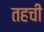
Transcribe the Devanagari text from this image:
तहची